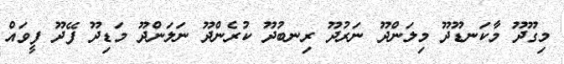
މިގޫދޫ މާކަނޑޫދޫ މިލަންދޫ ނަރުދޫ ރިނބުދޫ ކުރެންދޫ ނަލަންދޫ މަޑިދޫ ފޭދޫ ފީވައް